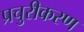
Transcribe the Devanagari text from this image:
प्रचुरीकरण